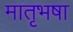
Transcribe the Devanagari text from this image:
मातृभषा